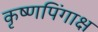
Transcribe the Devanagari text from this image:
कृष्णपिंगाक्ष